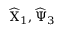
\widehat { \Chi } _ { 1 } , \widehat { \Psi } _ { 3 }